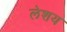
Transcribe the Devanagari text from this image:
लेशय